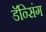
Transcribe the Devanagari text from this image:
डॅन्सिंग